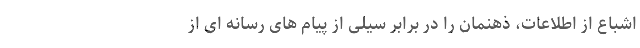
اشباع از اطلاعات، ذهنمان را در برابر سیلی از پیام های رسانه ای از